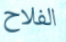
الفلاح